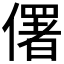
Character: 𠏲